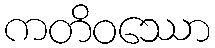
ကတိဝဿော